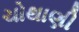
ચોથાણી